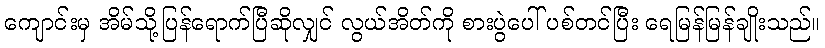
ကျောင်းမှ အိမ်သို့ပြန်ရောက်ပြီဆိုလျှင် လွယ်အိတ်ကို စားပွဲပေါ် ပစ်တင်ပြီး ရေမြန်မြန်ချိုးသည်။